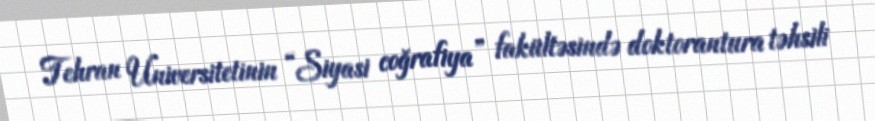
Tehran Universitetinin “Siyasi coğrafiya” fakültəsində doktorantura təhsili